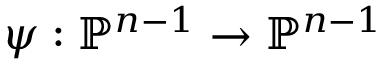
\psi : \mathbb { P } ^ { n - 1 } \to \mathbb { P } ^ { n - 1 }